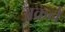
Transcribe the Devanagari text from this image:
अक्रने